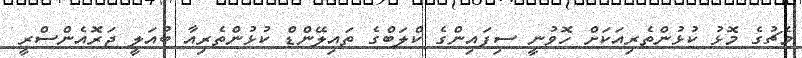
މެޗުގެ މޮޅު ކުޅުންތެރިއަކަށް ހޮވުނީ ސިފައިންގެ ކްލަބްގެ ތައިލޭންޑް ކުޅުންތެރިއާ ބުއަލީ ޖަރޮއެންސްރީ